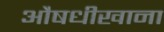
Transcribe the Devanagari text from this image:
औषधीखाना